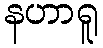
နဟာရူ